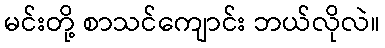
မင်းတို့ စာသင်ကျောင်း ဘယ်လိုလဲ။